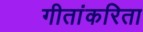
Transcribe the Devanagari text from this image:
गीतांकरिता